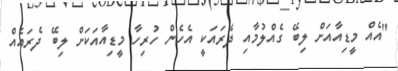
"އެއް މީޑިއާއަށް ލިބޭ ގެއްލުމާއި ދެރައަކީ އެހެން ހުރިހާ މީޑިއާއަކަށް ލިބޭ ދެރައެއް